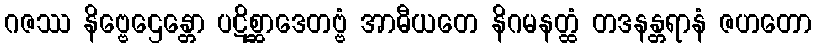
ဂဇဿ နိဗ္ဗေဌေန္တော ပဋိစ္ဆာဒေတဗ္ဗံ အာဓီယတေ နိဂမနတ္ထံ တဒနန္တရာနံ ဇဟတော